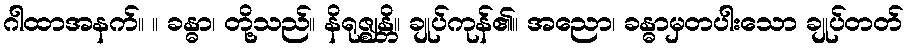
ဂါထာအနက်။ ။ ခန္ဓာ၊ တို့သည်။ နိရုဇ္ဈန္တိ။ ချုပ်ကုန်၏။ အညော၊ ခန္ဓာမှတပါးသော ချုပ်တတ်